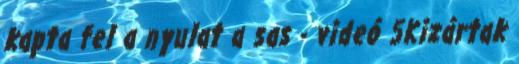
kapta fel a nyulat a sas - videó 5Kizártak